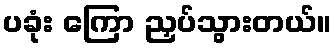
ပခုံး ကြော ညှပ်သွားတယ်။